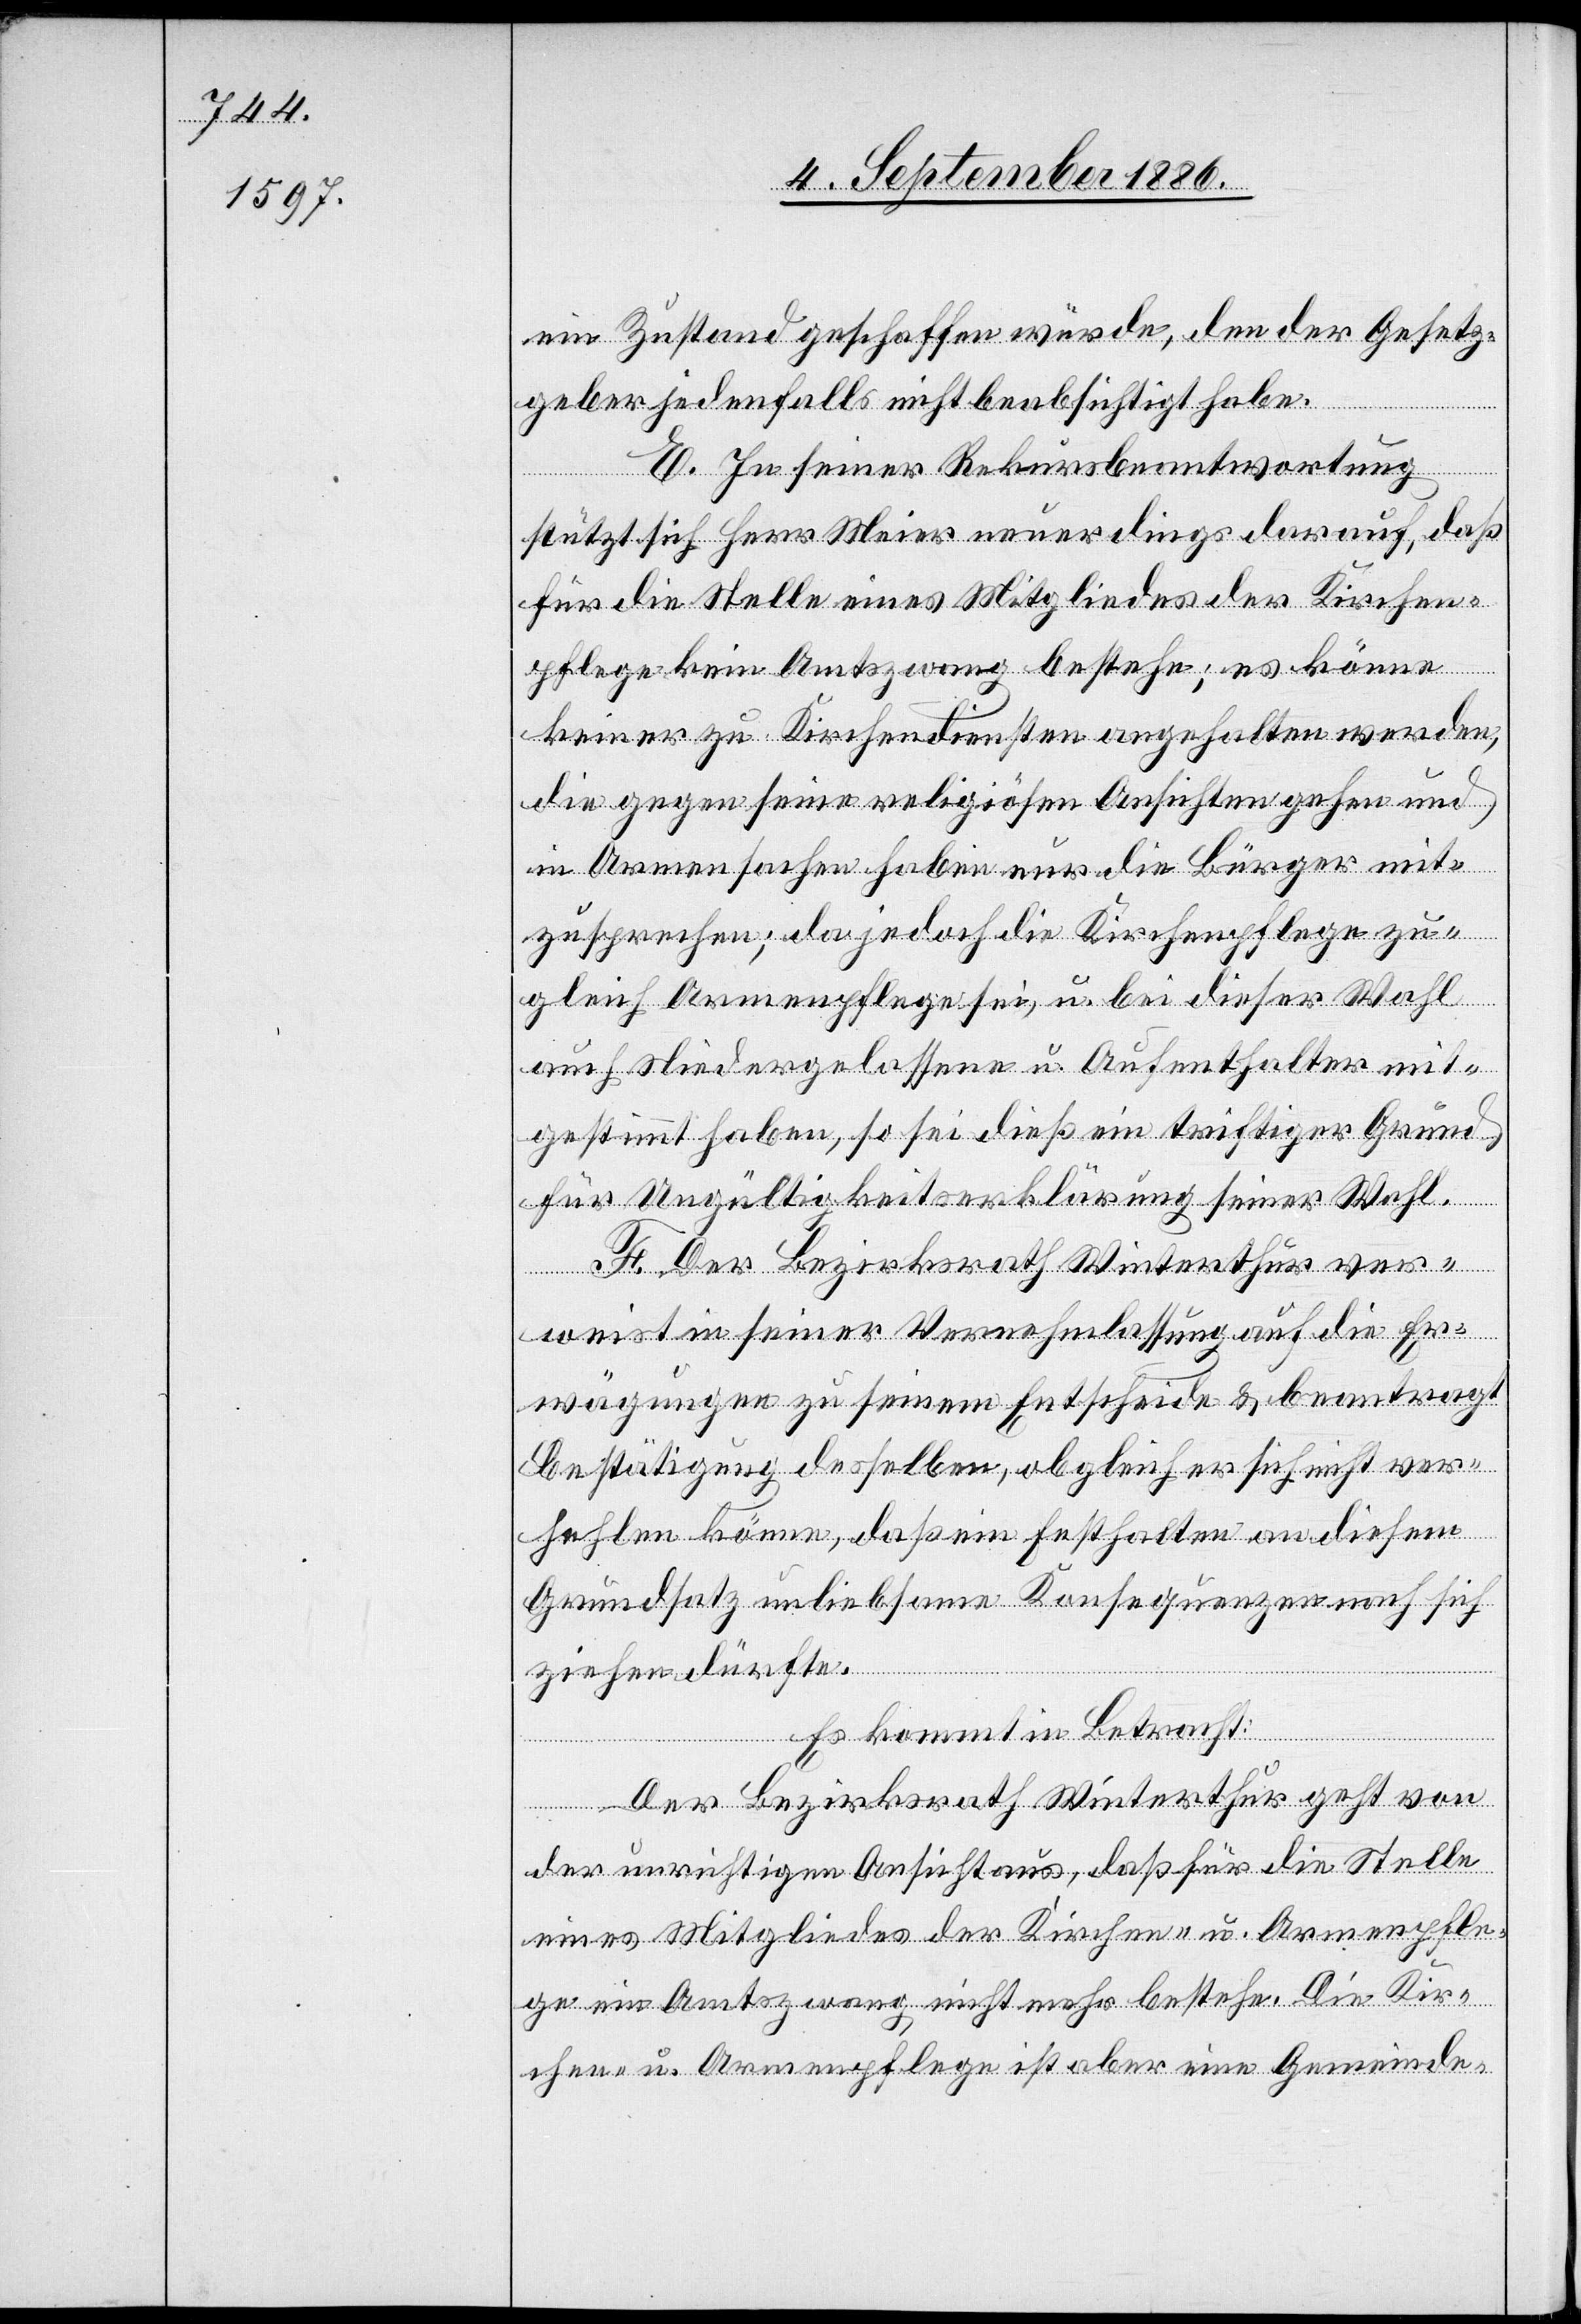
ein Zustand geschaffen würde, den der Gesetz¬
geber jedenfalls nicht beabsichtigt habe.
E. In seiner Rekursbeantwortung
stützt sich Herr Meier neuerdings darauf, daß
für die Stelle eines Mitgliedes der Kirchen¬
pflege kein Amtszwang bestehe; es könne
keiner zu Kirchendiensten angehalten werden,
die gegen seine religiösen Ansichten gehen und
in Armensachen haben nur die Bürger mit¬
zusprechen; da jedoch die Kirchenpflege zu¬
gleich Armenpflege sei, u. bei dieser Wahl
auch Niedergelassene u. Aufenthalter mit¬
gestimmt haben, so sei dieß ein triftiger Grund
für Ungültigkeitserklärung seiner Wahl.
F. Der Bezirksrath Winterthur ver¬
weist in seiner Vernehmlassung auf die Er¬
wägungen zu seinem Entscheide & beantragt
Bestätigung desselben, obgleich er sich nicht ver¬
halten könne, daß ein Festhalten an diesem
Grundsatz unliebsame Konsequenzen nach sich
ziehen dürfte.
Es kommt in Betracht:
Der Bezirksrath Winterthur geht von
der unrichtigen Ansicht aus, daß für die Stelle
eines Mitgliedes der Kirchen- u. Armenpfle¬
ge ein Amtszwang nicht mehr bestehe. Die Kir¬
chen- u. Armenpflege ist aber eine Gemeinde-